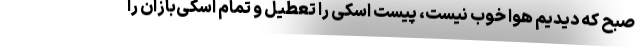
صبح که دیدیم هوا خوب نیست، پیست اسکی را تعطیل و تمام اسکی‌بازان را